Dysentery and liver abscess in Bombay - Number 47
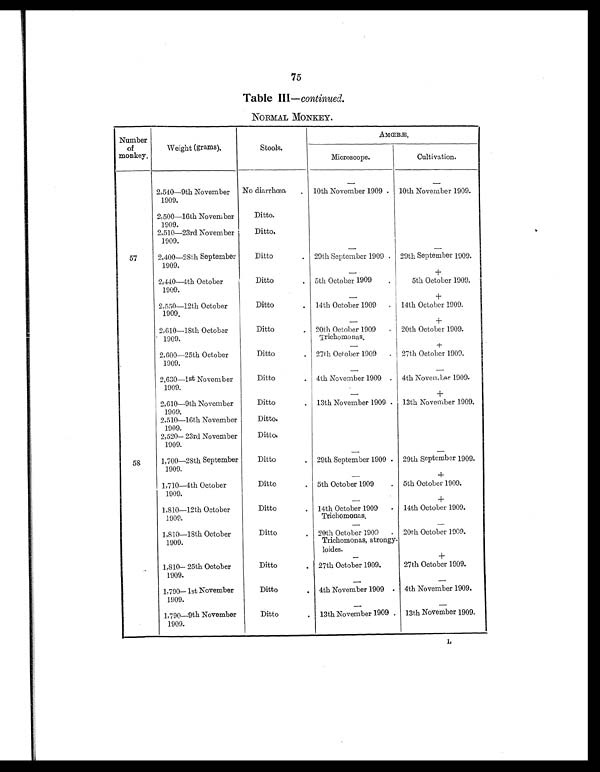
75
Table III — continued.
NORMAL MONKEY.
Number
of
monkey.
Weight (grams).
Stools.
AMŒBÆ.
Microscope.
Cultivation.
—
—
2,540—9th November
1909.
No diarrhœa
. 10th November 1909 . 10th November 1909.
2,500—16th November
1909.
Ditto.
2,510—23rd November
1909.
Ditto.
—
—
57
2,400—28th September
1909.
Ditto
. 29th September 1909 . 29th September 1909.
—
+
2,440—4th October
1909.
Ditto
. 5th October 1909
.
5th October 1909.
—
+
2,550—12th October
1909.
Ditto
. 14th October 1909
. 14th October 1909.
—
+
2,610—18th October
1909.
Ditto
. 20th October 1909
. 20th October 1909.
Trichomonas.
—
+
2,600—25th October
1909.
Ditto
. 27th October 1909
. 27th October 1909.
—
—
2,630—1st November
1909.
Ditto
. 4th November 1909 . 4th November 1909.
—
+
2,610—9th November
1909.
Ditto
. 13th November 1909 . 13th November 1909.
2,510—16th November
1909.
Ditto.
2,520—23rd November
1909.
Ditto.
—
—
58
1,700—28th September
1909.
Ditto
. 29th September 1909 . 29th September 1909.
—
+
1,710—4th October
1909.
Ditto
. 5th October 1909
. 5th October 1909.
—
+
1,810—12th October
1909.
Ditto
. 14th October 1909
. 14th October 1909.
Trichomonas.
—
—
1,810—18th October
1909.
Ditto
. 20th October 1909
. 20th October 1909.
Trichomonas, strongy-
loides. —
+
1,810—25th October
1909.
Ditto
. 27th October 1909.
27th October 1909.
—
—
1,790—1st November
1909.
Ditto
. 4th November 1909 . 4th November 1909.
—
—
1,790—9th November
1909.
Ditto
. 13th November 1909 . 13th November 1909.
L